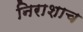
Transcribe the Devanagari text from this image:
निराशाच